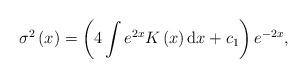
LaTeX: \begin{align*}\sigma ^{2}\left( x\right) =\left( 4\int e^{2x}K\left( x\right) \mbox{\rm d}x+c_{1}\right) e^{-2x}, \end{align*}